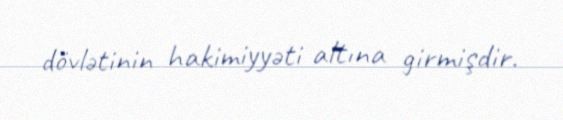
dövlətinin hakimiyyəti altına girmişdir.